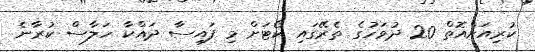
ކުރިއަށްއޮތް 20 ދުވަހުގެ ތެރޭގައި ކޯޓަށް މި ފައިސާ ދައްކާ ހަލާސް ކުރާނެ